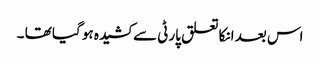
اس بعد انکا تعلق پارٹی سے کشیدہ ہو گیا تھا ۔